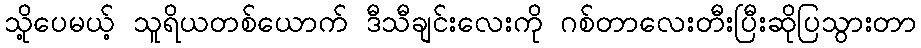
သို့ပေမယ့် သူရိယတစ်ယောက် ဒီသီချင်းလေးကို ဂစ်တာလေးတီးပြီးဆိုပြသွားတာ